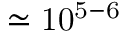
\mathrm { \simeq 1 0 ^ { 5 - 6 } }